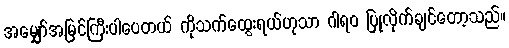
အမျှော်အမြင်ကြီးပါပေတယ် ကိုသက်ထွေးရယ်ဟုသာ ဂါရဝ ပြုလိုက်ချင်တော့သည်။